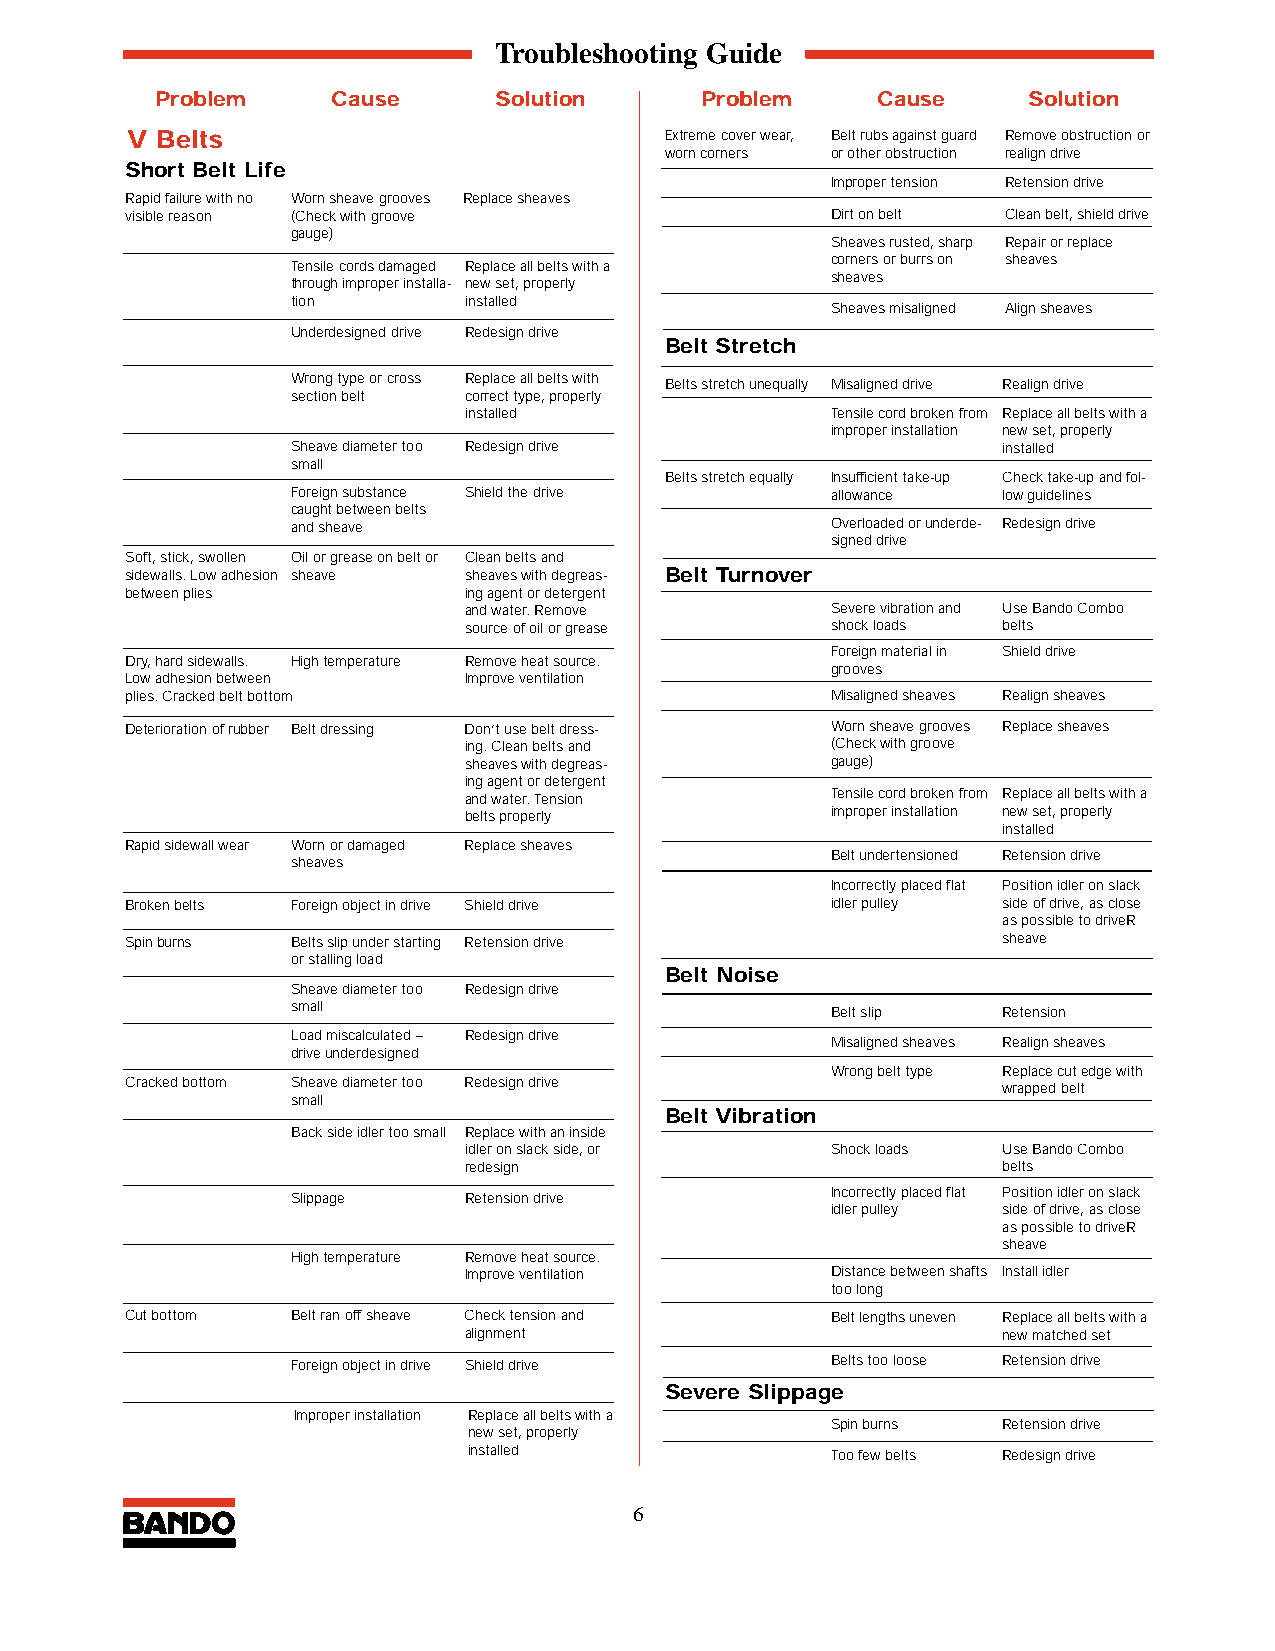
Troubleshooting Guide
 Problem     Cause      Solution     Problem     Cause     Solution
 V Belts                             Extreme cover wear, Belt rubs against guard Remove obstruction or
 worn corners or other obstruction realign drive
 Short Belt Life
 Improper tension Retension drive
 Rapid failure with no Worn sheave grooves Replace sheaves
 visible reason (Check with groove              Dirt on belt Clean belt, shield drive
 gauge)
 Sheaves rusted, sharp Repair or replace
 corners or burrs on sheaves
 Tensile cords damaged Replace all belts with a
 sheaves
 through improper installa- new set, properly
 tion        installed
 Sheaves misaligned Align sheaves
 Underdesigned drive Redesign drive
 Belt Stretch
 Wrong type or cross Replace all belts with Belts stretch unequally Misaligned drive Realign drive
 section belt correct type, properly
 installed               Tensile cord broken from Replace all belts with a
 improper installation new set, properly
 Sheave diameter too Redesign drive             installed
 small
 Belts stretch equally Insufficient take-up Check take-up and fol-
 Foreign substance Shield the drive  allowance  low guidelines
 caught between belts
 and sheave                          Overloaded or underde- Redesign drive
 signed drive
 Soft, stick, swollen Oil or grease on belt or Clean belts and
 sidewalls. Low adhesion sheave sheaves with degreas- Belt Turnover
 between plies          ing agent or detergent
 and water. Remove       Severe vibration and Use Bando Combo
 source of oil or grease shock loads belts
 Foreign material in Shield drive
 Dry, hard sidewalls. High temperature Remove heat source.
 grooves
 Low adhesion between   Improve ventilation
 plies. Cracked belt bottom                     Misaligned sheaves Realign sheaves
 Deterioration of rubber Belt dressing Don’t use belt dress- Worn sheave grooves Replace sheaves
 ing. Clean belts and    (Check with groove
 sheaves with degreas-   gauge)
 ing agent or detergent
 and water. Tension      Tensile cord broken from Replace all belts with a
 belts properly          improper installation new set, properly
 installed
 Rapid sidewall wear Worn or damaged Replace sheaves
 Belt undertensioned Retension drive
 sheaves
 Incorrectly placed flat Position idler on slack
 Broken belts Foreign object in drive Shield drive idler pulley side of drive, as close
 as possible to driveR
 Spin burns Belts slip under starting Retension drive      sheave
 or stalling load
 Belt Noise
 Sheave diameter too Redesign drive
 small
 Belt slip  Retension
 Load miscalculated – Redesign drive Misaligned sheaves Realign sheaves
 drive underdesigned
 Wrong belt type Replace cut edge with
 Cracked bottom Sheave diameter too Redesign drive         wrapped belt
 small
 Belt Vibration
 Back side idler too small Replace with an inside
 idler on slack side, or Shock loads Use Bando Combo
 redesign                           belts
 Slippage    Retension drive         Incorrectly placed flat Position idler on slack
 idler pulley side of drive, as close
 as possible to driveR
 sheave
 High temperature Remove heat source.
 Improve ventilation     Distance between shafts Install idler
 too long
 Cut bottom Belt ran off sheave Check tension and Belt lengths uneven Replace all belts with a
 alignment                          new matched set
 Foreign object in drive Shield drive Belts too loose Retension drive
 Severe Slippage
 Improper installation Replace all belts with a
 Spin burns Retension drive
 new set, properly
 installed               Too few belts Redesign drive
 6